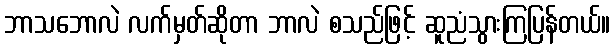
ဘာသဘောလဲ လက်မှတ်ဆိုတာ ဘာလဲ စသည်ဖြင့် ဆူညံသွားကြပြန်တယ်။